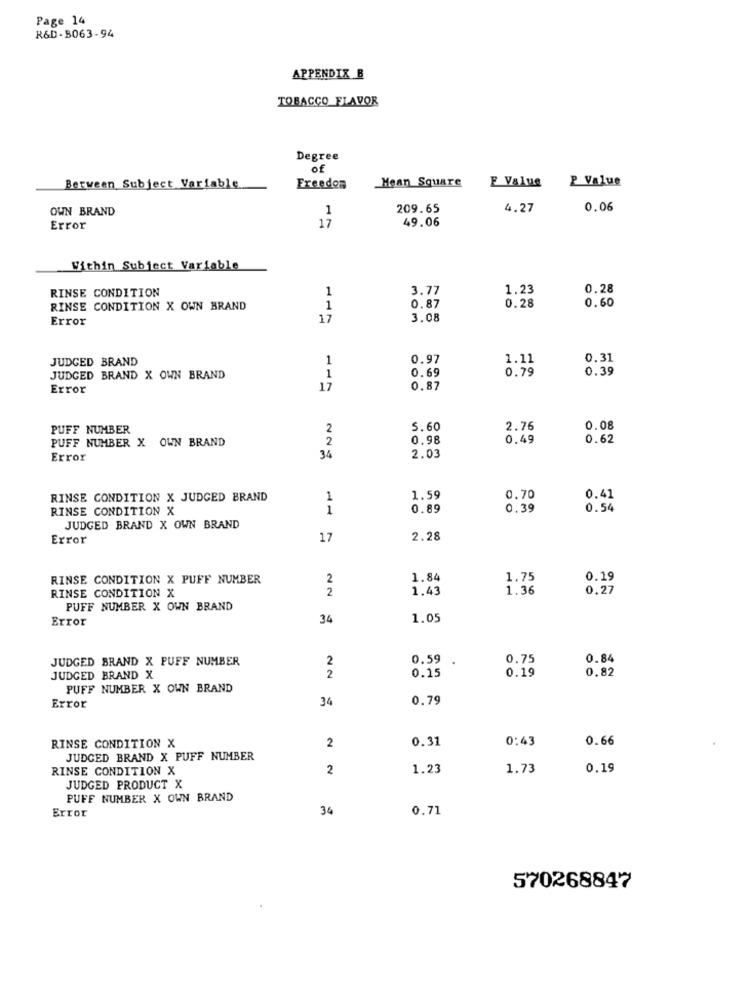
Page 14
R&D-8063-94
APPENDIX B
TOBACCO FLAVOR
Degree
of
Mean Square
P Value
Berween Subject Variable
Freedos
E Value
OWN BRAND
1
209.65
4.27
0.06
17
Error
49.06
Within Subject Variable
RINSE CONDITION
1
3.77
1.23
0.28
0.60
RINSE CONDITION X OWN BRAND
1
0.87
0.28
Error
17
3.08
JUDGED BRAND
1
0.97
1.11
0.31
1
0.69
0.79
0.39
JUDGED BRAND X OWN BRAND
Error
17
0.87
PUFF NUMBER
2
5.60
2.76
0.08
PUFF NUMBER X OWN BRAND
2
0.98
0.49
0.62
Error
34
2.03
RINSE CONDITION X JUDGED BRAND
1
1.59
0.70
0.41
RINSE CONDITION X
1
0.89
0.39
0.54
JUDGED BRAND X OWN BRAND
Error
17
2.28
RINSE CONDITION X PUFF NUMBER
2
1.84
1.75
0.19
2
1.43
1.36
0,27
RINSE CONDITION X
PUFF NUMBER X OWN BRAND
Error
34
1.05
JUDGED BRAND X PUFF NUMBER
2
0.59
0.75
0.84
0.25
0.19
0.82
JUDGED BRAND X
2
PUFF NUMBER X OWN BRAND
34
0.79
Error
2
0.31
0:43
0.66
RINSE CONDITION X
JUDGED BRAND X PUFF NUMBER
RINSE CONDITION X
2
1.23
1.73
0.19
JUDGED PRODUCT X
PUFF NUMBER X OWN BRAND
36
0.71
Error
570268847